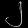
Digit: ၂